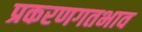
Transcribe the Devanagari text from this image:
प्रकरणगतभाव